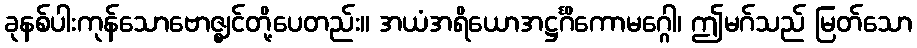
ခုနစ်ပါးကုန်သောဗောဇ္ဈင်တို့ပေတည်း။ အယံအရိယောအဋ္ဌင်္ဂိကောမဂ္ဂေါ၊ ဤမဂ်သည် မြတ်သော